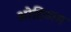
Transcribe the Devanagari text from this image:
ओहिठाम